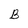
Character: B